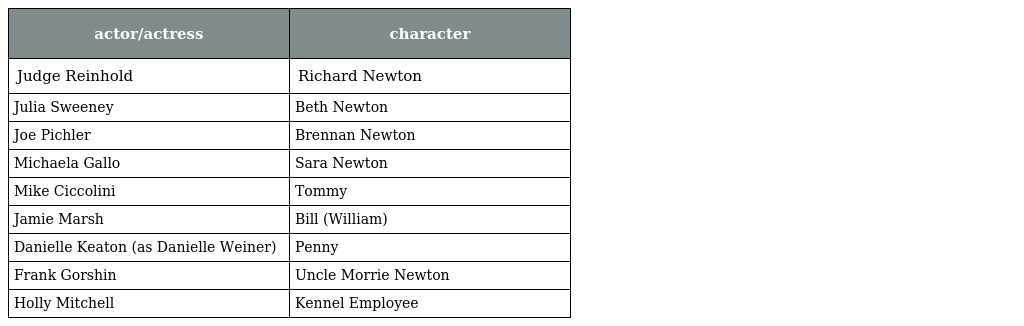
| actor/actress | character |
 | --- | --- |
 | Judge Reinhold | Richard Newton |
 | Julia Sweeney | Beth Newton |
 | Joe Pichler | Brennan Newton |
 | Michaela Gallo | Sara Newton |
 | Mike Ciccolini | Tommy |
 | Jamie Marsh | Bill (William) |
 | Danielle Keaton (as Danielle Weiner) | Penny |
 | Frank Gorshin | Uncle Morrie Newton |
 | Holly Mitchell | Kennel Employee |